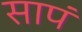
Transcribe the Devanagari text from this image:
सापं